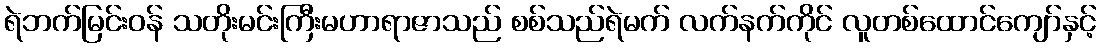
ရဲဘက်မြင်းဝန် သတိုးမင်းကြီးမဟာရာဇာသည် စစ်သည်ရဲမက် လက်နက်ကိုင် လူတစ်ထောင်ကျော်နှင့်